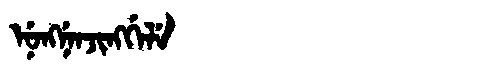
Manchu: ᠨᡠᠩᠨᡝᠨᠵᡳᠩᡤᡝᠯᡝ
Romanization: NUNGNENJINGGELE